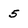
Character: 5